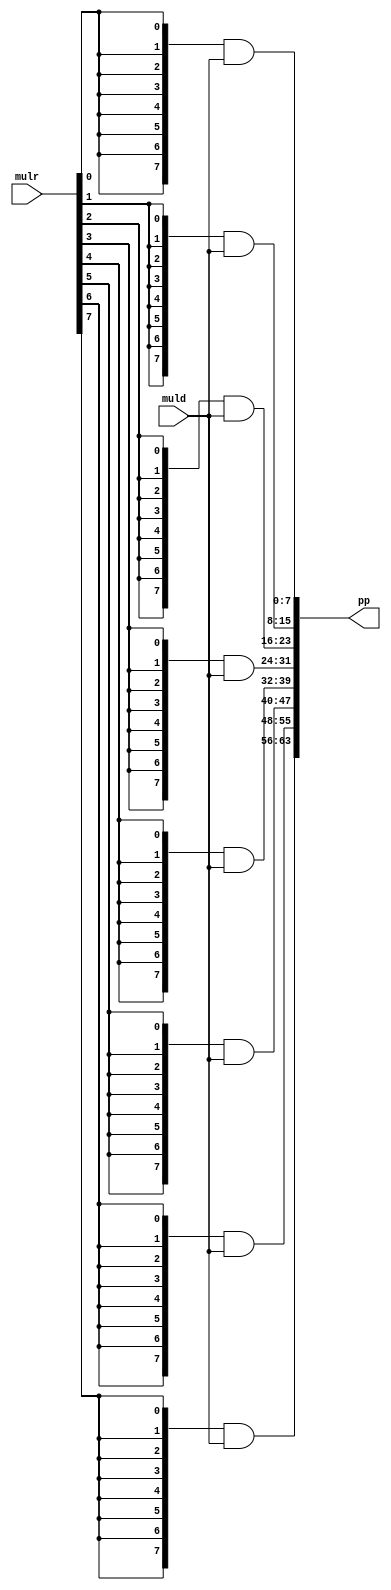
module ppgen #(
    parameter DW = 8
)(
    input  [DW-1:0]    muld,
    input  [DW-1:0]    mulr,
    
    output [DW**2-1:0] pp
);

genvar i;
generate
    for (i = 0; i < 8; i++) begin
        assign pp[DW*i+:DW] = {DW{mulr[i]}} & muld[DW-1:0];
    end    
endgenerate

endmodule